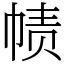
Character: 帻